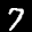
Label: 7